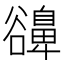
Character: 𧯔